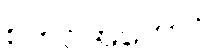
စတင်အကောင်